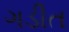
ગડીત